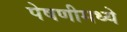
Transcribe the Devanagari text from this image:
पेषणीमध्ये